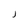
Character: J